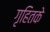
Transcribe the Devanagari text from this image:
गृहितके